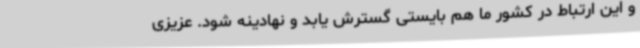
و این ارتباط در کشور ما هم بایستی گسترش یابد و نهادینه شود. عزیزی